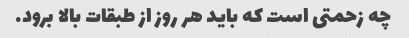
چه زحمتی است که باید هر روز از طبقات بالا برود.